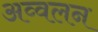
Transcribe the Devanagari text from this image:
अव्वलन